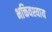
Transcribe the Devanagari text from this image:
भक्तिवश्याय